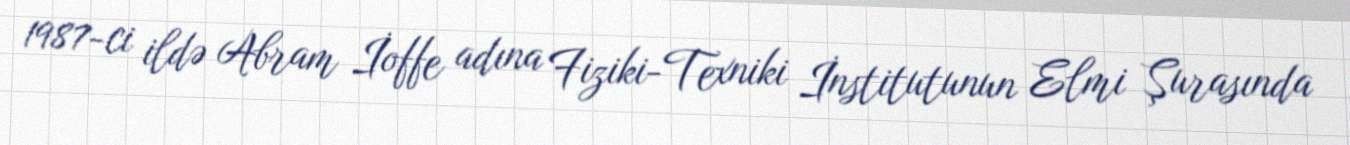
1987-ci ildə Abram İoffe adına Fiziki-Texniki İnstitutunun Elmi Şurasında